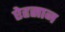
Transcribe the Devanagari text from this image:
ऐहसान